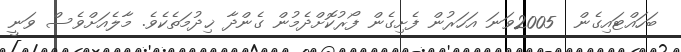
ބަހައްޓައިގެން  2005ވަނަ އަހަރުން ފެށިގެން ފޯރުކޮށްދެމުން ގެންދާ ޚިދުމަތެކެވެ. މާލެއަށްވެސް ވަނީ